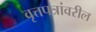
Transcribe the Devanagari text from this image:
वृत्तपत्रांवरील